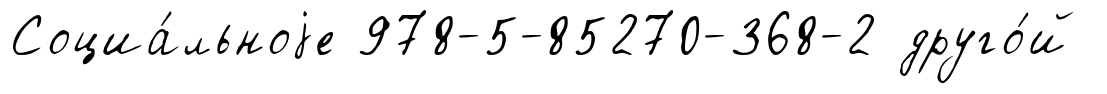
Социа́льноjе 978-5-85270-368-2 друго́й